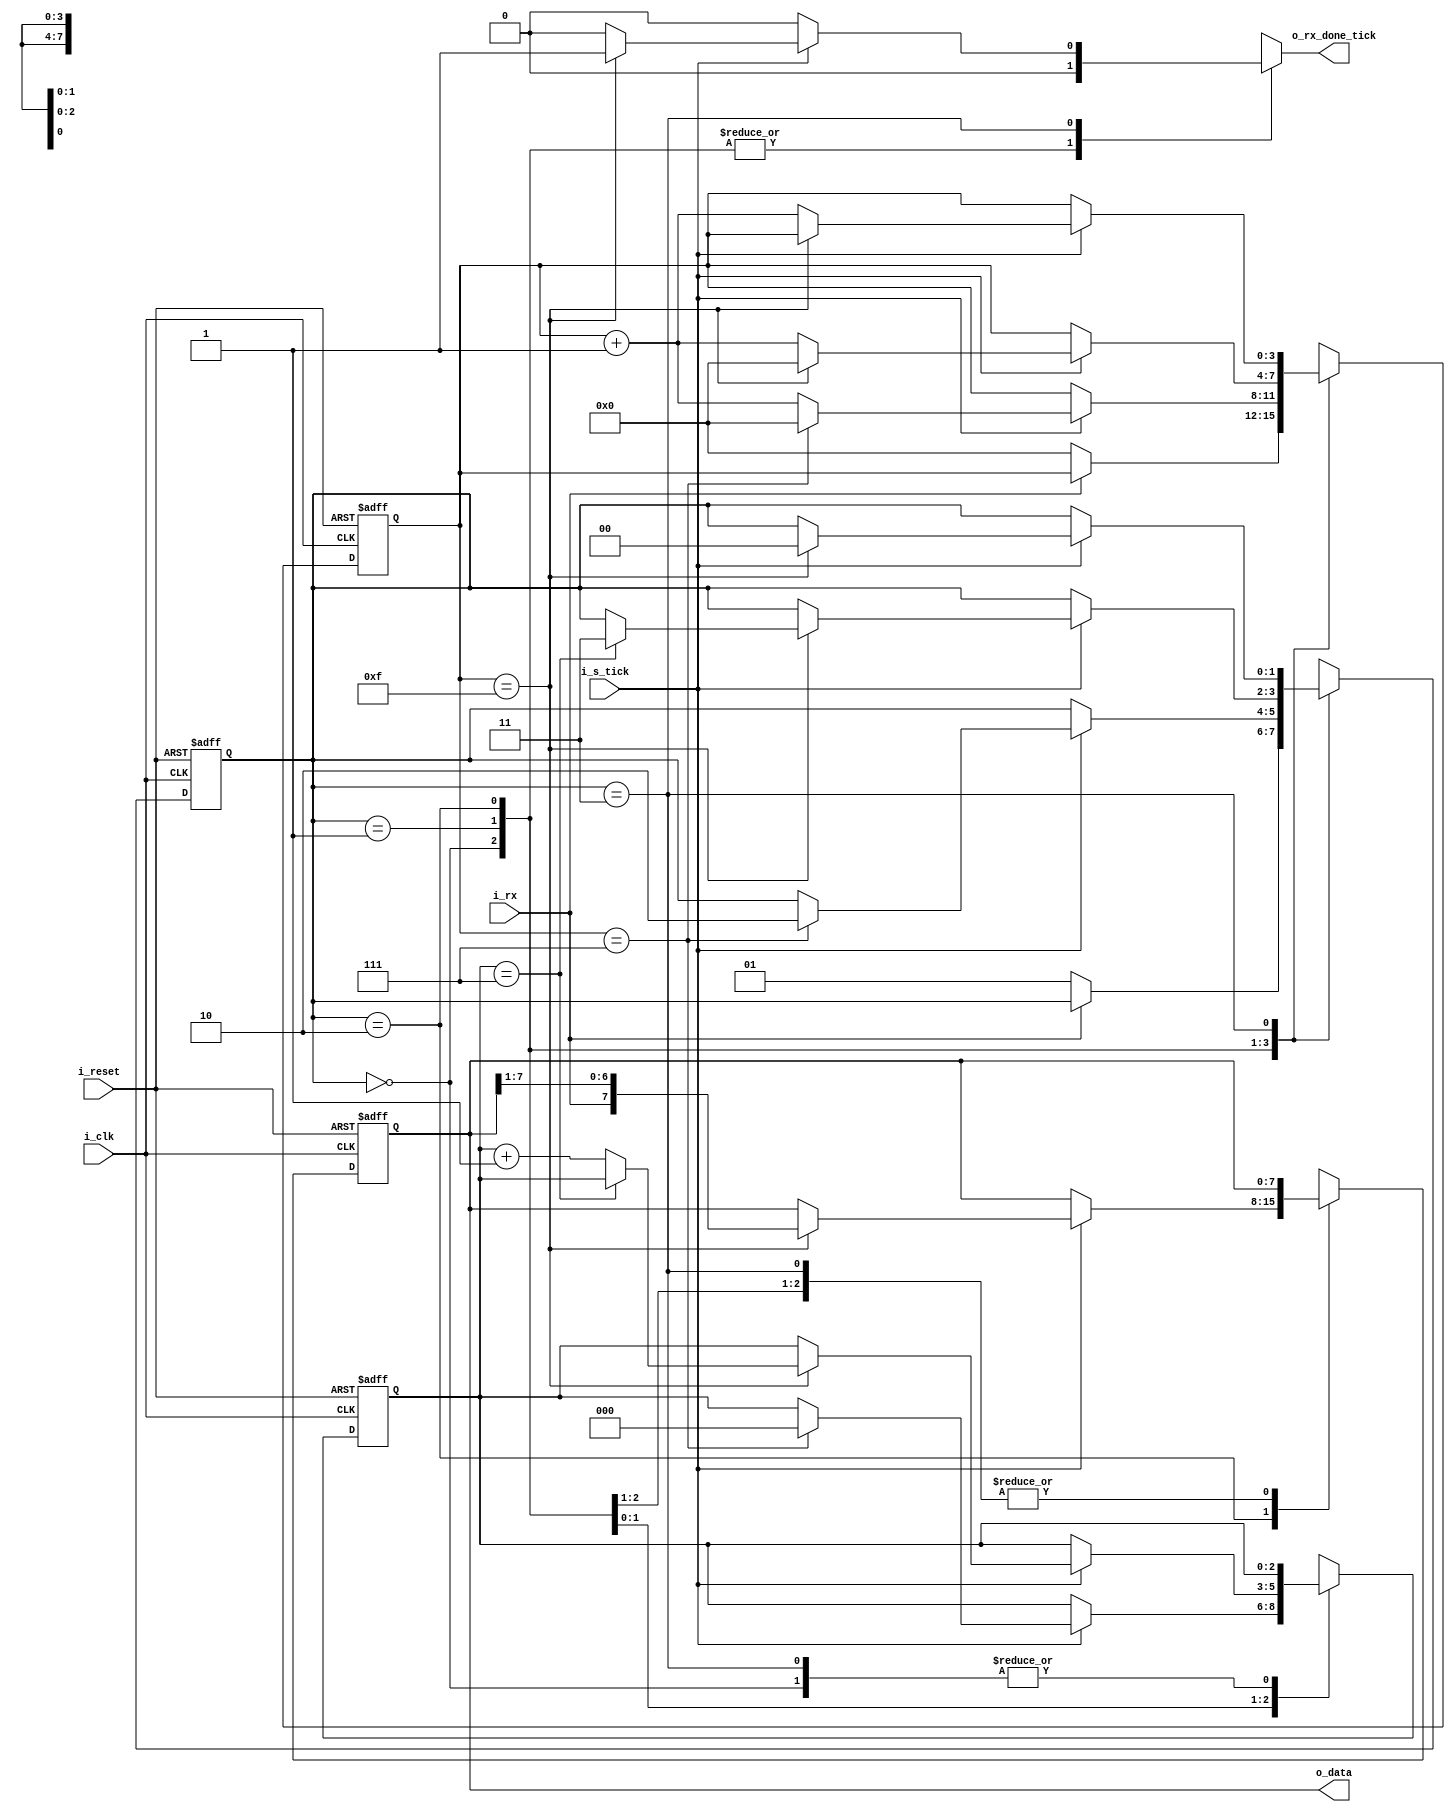
/**
    UART Receiver Module
**/

module uart_rx
    #(
        // Parameters
        parameter   DBIT        =       8,      // # Data bits
                    SB_TICK     =       16      // # Ticks for stop bits (1 stop bit -> 16 ticks)
    )
    (
        // Inputs
        input wire                      i_clk,              // Clock
        input wire                      i_reset,            // Reset
        input wire                      i_rx,               // Data received
        input wire                      i_s_tick,           // Enable tick from Baud-Rate generator
        // Outputs
        output reg                      o_rx_done_tick,     // Done Status Signal
        output wire [DBIT-1 : 0]        o_data              // Data processed
    );

    //! State Declaration
    localparam [1:0]
        idle    =   2'b00,                  // Waiting
        start   =   2'b01,                  // Processing Start bit
        data    =   2'b10,                  // Processing Data bits
        stop    =   2'b11;                  // Processing Stop bit/s

    //! Signal declaration
    reg [1:0]           state_reg, state_next;      // State registers
    reg [3:0]           s_reg, s_next;              // Number of sampling ticks
    reg [2:0]           n_reg, n_next;              // Number of Data bits received in data state
    reg [DBIT-1:0]      b_reg, b_next;              // Data bits shifted and reassembled

    //! FSMD States and data registers
    always @(posedge i_clk, posedge i_reset) 
    begin
        if (i_reset)        // Reset system 
            begin
                state_reg <= idle;
                s_reg <= 0;
                n_reg <= 0;
                b_reg <= 0;
            end
        else                // Next state assignments
            begin
                state_reg <= state_next;
                s_reg <= s_next;
                n_reg <= n_next;
                b_reg <= b_next;
            end
    end

    //! Next-State Logic
    always @(*) 
    begin
        // Initial assignments
        state_next = state_reg;
        o_rx_done_tick = 1'b0;
        s_next = s_reg;
        n_next = n_reg;
        b_next = b_reg;

        // Oversampling procedure (16 times the baud rate)
        case (state_reg)
            idle:       //! IDLE STATE
                begin
                    if (~i_rx)      // Received Start Bit
                        begin
                            state_next = start;     // Start receiveing
                            s_next = 0;             // Start counting sampling ticks
                        end
                end
            start:      //! START BIT STATE
                begin           
                    if (i_s_tick)               // Sampling tick received
                        if (s_reg == 7)             // Middle point of start bit
                            begin
                                state_next = data;      // Start processing data bits
                                s_next = 0;             // Reset sampling ticks counter
                                n_next = 0;             // Start counting data bits received
                            end
                        else                        // Otherwise...
                            begin
                                s_next = s_reg + 1;     // ... keep counting sampling ticks
                            end
                end
            data:       //! DATA BITS STATE
                begin
                    if (i_s_tick)           // Sampling tick received
                        if (s_reg == 15)            // Middle point of data bit
                            begin
                                s_next = 0;                         // Reset sampling tick counter
                                b_next = { i_rx, b_reg[7 : 1] };    // Retrieve and shift data value 
                                if (n_reg == (DBIT - 1))            // If we received all data bits...
                                    state_next = stop;                  // ... start counting stop bits
                                else                                // Otherwise...
                                    n_next = n_reg + 1;                 // ... keep counting data bits
                            end
                        else                // Otherwise...
                            s_next = s_reg + 1;     // ... keep counting sampling ticks
                end
            stop:       //! STOP BIT/S STATE
                begin
                    if (i_s_tick)           // Sampling tick received
                        if (s_reg == (SB_TICK - 1))     // If we received all stop bits
                            begin
                                state_next = idle;          // Stop receiveing
                                o_rx_done_tick = 1'b1;      // Assert done state
                            end
                        else                            // Otherwise...
                            s_next = s_reg + 1;             // ... keep counting sampling ticks
                end     
            default: state_next = idle;     // Default state: Idle
        endcase
    end

    //! Output Data
    assign o_data = b_reg;

endmodule